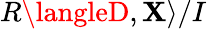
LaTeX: R\langleD,\mathbf{X}\rangle/I